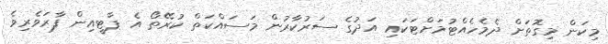
މިކަން މިގޮތަށް ދެމެހެއްޓުމަށްޓަކައި އަދުގެ ސަރުކާރުން މަސައްކަތް ކުރޭތޯ އެ ޕާޓީއިން ފާރަވެރިވެ